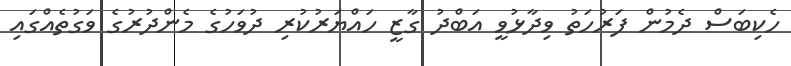
ހެކިބަސް ދެމުން ފަރުހަތު ވިދާޅުވީ އަބްދު ގާޒީ ހައްޔަރުކުރި ދުވަހުގެ މެންދުރުގެ ވަގުތެއްގައި